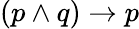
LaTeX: (p\land q)\to p